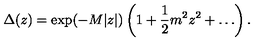
\Delta ( z ) = \exp ( - M | z | ) \left( 1 + { \frac { 1 } { 2 } } m ^ { 2 } z ^ { 2 } + \ldots \right) .